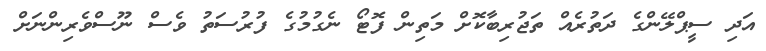
އަދި ސީޕްލޭންގެ ދަތުރެއް ތަޖުރިބާކޮށް މަތިން ފޮޓޯ ނެގުމުގެ ފުރުސަތު ވެސް ނޫސްވެރިންނަށް